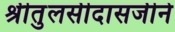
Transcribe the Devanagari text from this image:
श्रीतुलसीदासजीने